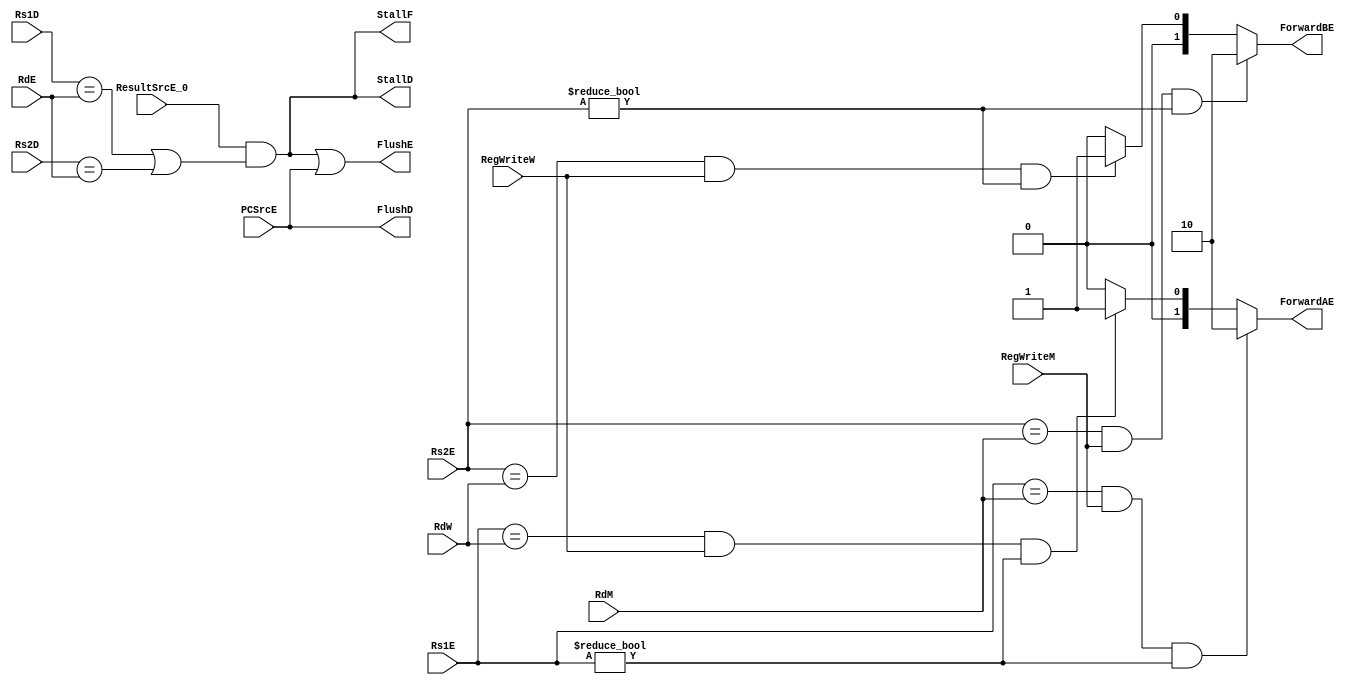
module Hazard_Unit(
input wire [19:15] Rs1D,
input wire [24:20] Rs2D,
input wire [19:15] Rs1E,
input wire [24:20] Rs2E,
input wire [11:7] RdE,
input wire PCSrcE,
input wire ResultSrcE_0,
input wire [11:7] RdM,
input wire RegWriteM,
input wire [11:7] RdW,
input wire RegWriteW,
output wire StallF,
output wire StallD,
output wire FlushD,
output wire FlushE,
output reg [1:0] ForwardAE,
output reg [1:0] ForwardBE
);


wire lwStall;

assign lwStall = ResultSrcE_0 & ((Rs1D == RdE) | (Rs2D == RdE));
assign StallD = lwStall;
assign StallF = lwStall;
assign FlushD = PCSrcE;
assign FlushE = lwStall | PCSrcE;

always @(*) begin


if (((Rs1E == RdM) & RegWriteM ) & (Rs1E !=0) )
ForwardAE = 2'b10;

else if ( ((Rs1E == RdW) & RegWriteW) & (Rs1E !=0) )
 ForwardAE = 2'b01;
  
else
 ForwardAE = 2'b00;


if (((Rs2E == RdM) & RegWriteM) & (Rs2E !=0) )
ForwardBE = 2'b10;

else if ( ((Rs2E == RdW) & RegWriteW) & (Rs2E !=0) )
 ForwardBE = 2'b01;
  
else
 ForwardBE = 2'b00;


end

endmodule